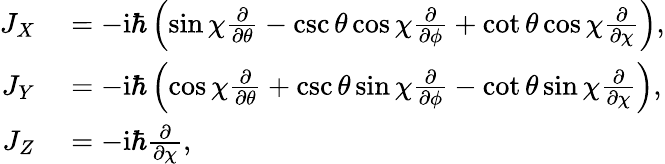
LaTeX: \begin{array}{rl}{J_{X}}&{{}=-\mathrm{i}\hbar\left(\sin\chi\frac{\partial}{\partial\theta}-\csc\theta\cos\chi\frac{\partial}{\partial\phi}+\cot\theta\cos\chi\frac{\partial}{\partial\chi}\right),}\\ {J_{Y}}&{{}=-\mathrm{i}\hbar\left(\cos\chi\frac{\partial}{\partial\theta}+\csc\theta\sin\chi\frac{\partial}{\partial\phi}-\cot\theta\sin\chi\frac{\partial}{\partial\chi}\right),}\\ {J_{Z}}&{{}=-\mathrm{i}\hbar\frac{\partial}{\partial\chi},}\end{array}